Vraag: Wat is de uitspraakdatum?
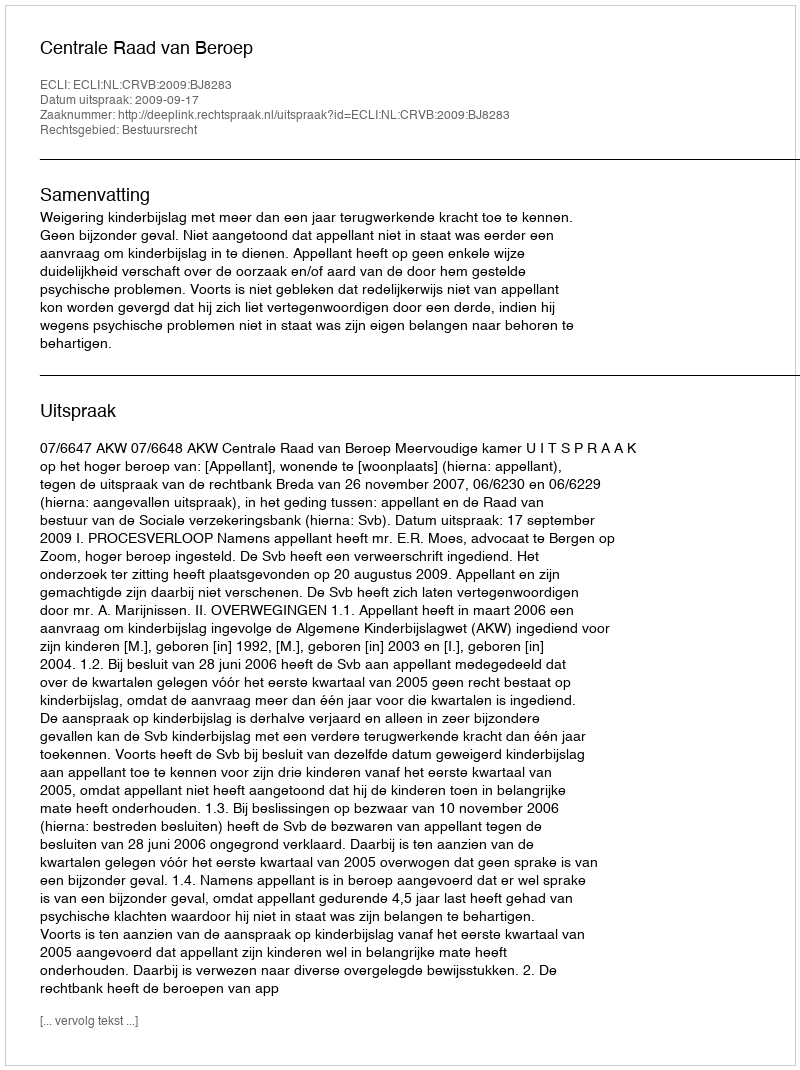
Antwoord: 2009-09-17